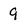
Character: 9